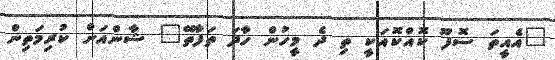
"އެއީތަ ސޮފޫ ކޮއްކޮއަކީ ތި ދެ މީހުން ހާދަ ތަފާތޭ" ޝާންއަށް ކުރިމަތިން